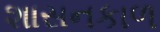
શાસનકાળ